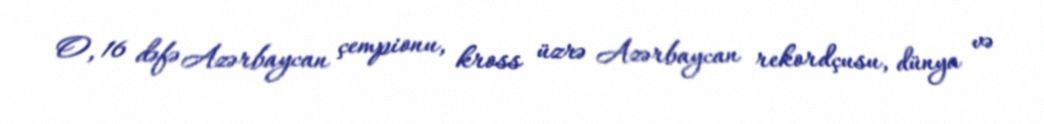
O, 16 dəfə Azərbaycan çempionu, kross üzrə Azərbaycan rekordçusu, dünya və